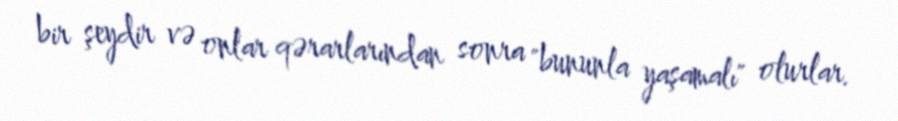
bir şeydir və onlar qərarlarından sonra "bununla yaşamalı" olurlar.